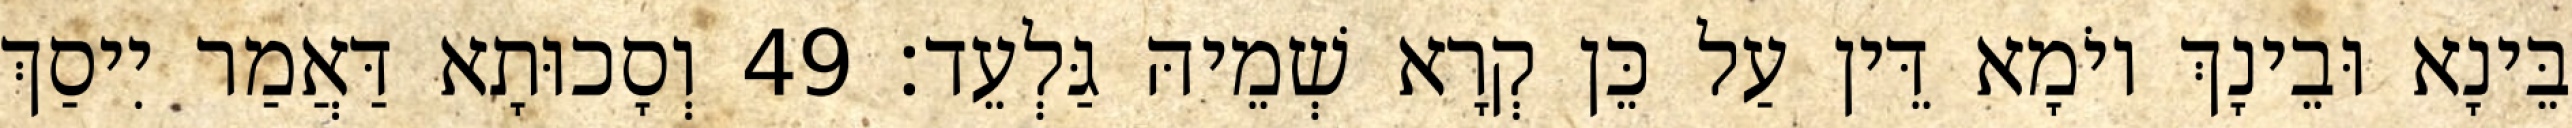
בֵּינָא וּבֵינָךְ יוֹמָא דֵּין עַל כֵּן קְרָא שְׁמֵיהּ גַּלְעֵד׃ 49 וְסָכוּתָא דַּאֲמַר יִיסַךְ